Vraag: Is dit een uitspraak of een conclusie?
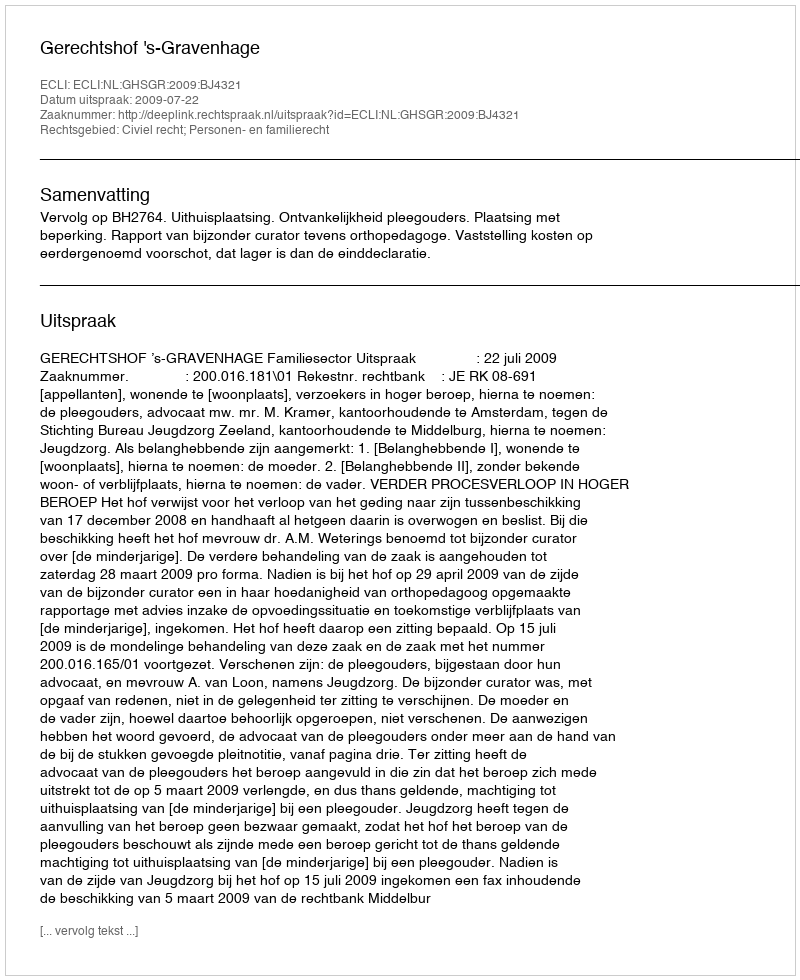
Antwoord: Uitspraak